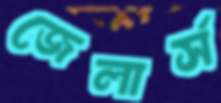
জেলার্স